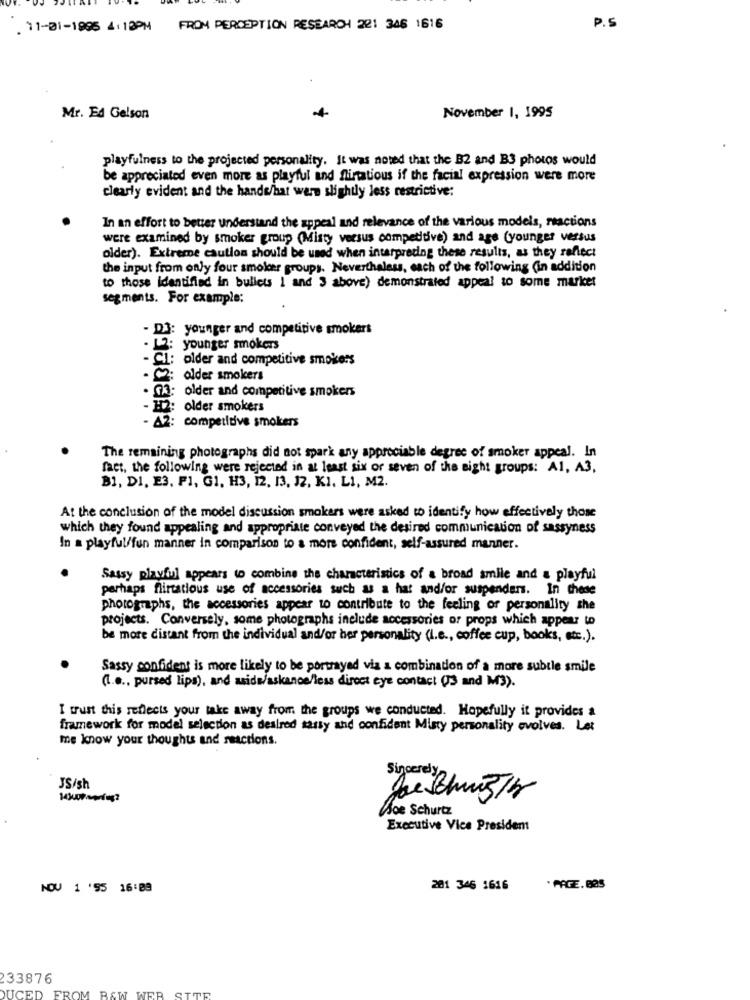
. 11-01-1995 4: 18PM FROM PERCEPTION RESEARCH 221 346 1616
P.S
+
Mr. Ed Gelson
November 1, 1995
playfulness to the projected personality. It was noted that the B2 and B3 photos would
be appreciated even more as playful and flirtatious if the facial expression were more
clearly evident and the hands/hat were slightly less restrictive:
In an effort to better understand the appeal and relevance of the various models, reactions
were examined by smoker group (Misty versus competitive) and age (younger versus
older). Extreme caution should be used when interpreding these results, as they reflect
the input from only four smolder groups. Nevertheless, each of the following (in addition
to those identified in bullets 1 and 3 above) demonstrated appeal to some market
segments. For example:
- D3: younger and competitive smokers
: younger smokers
- Cl: older and competitive smokers
- C2: older smokers
. 03: older and competitive smokers
- H2: older smokers
- A2: competitive smokers
The remaining photographs did not spark any appreciable degree of smoker appeal. In
fact, the following were rejected in at least six or seven of the sight groups: Al, A3,
B1, DI, E3. FI, G1, H3, 12, 13, J2, KI. LI, M2.
At the conclusion of the model discussion smokers were asked to identify how effectively those
which they found appealing and appropriate conveyed the desired communication of sassyness
In a playful/fun manner in comparison to a more confident, self-assured manner.
Sassy playful appears to combine the characteristics of a broad smile and a playful
perhaps flirtatious use of accessories such as a hat and/or suspenders. In these
photographs, the accessories appear to contribute to the feeling of personality she
projects. Conversely, some photographs include accessories or props which appear to
be more distant from the individual and/or her personality (I.e ., coffee cup, books, etc.).
Sassy confident is more likely to be portrayed via a combination of a more subtle smile
(I.e ., pursed lips), and aids/askance/less direct eye contact (3 and M3).
I trust this reflects your take away from the groups we conducted. Hopefully it provides a
framework for model selection as desired sassy and confident Misty personality evolves. Let
me know your thoughts and reactions.
Sincerely
JS/sh
soe Schurtz
Executive Vice President
NOV 1 '95 16:09
201 346 1616
*PAGE. 885
33876
STTR
DUCED FROM BAW WER